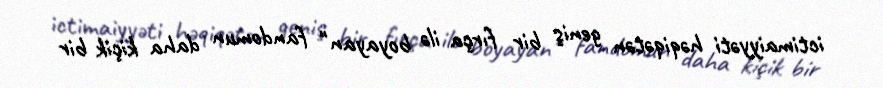
ictimaiyyəti həqiqətən geniş bir fırça ilə boyayan" fandomun daha kiçik bir